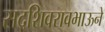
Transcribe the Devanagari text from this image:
सदशिवरावभाऊने